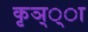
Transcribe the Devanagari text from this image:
कृञ््‌ा